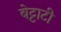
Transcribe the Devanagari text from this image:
बेट्टाटी